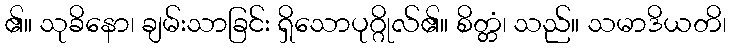
၏။ သုခိနော၊ ချမ်းသာခြင်း ရှိသောပုဂ္ဂိုလ်၏။ စိတ္တံ၊ သည်။ သမာဒိယတိ၊